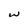
Character: w